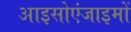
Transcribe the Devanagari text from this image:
आइसोएंजाइमों